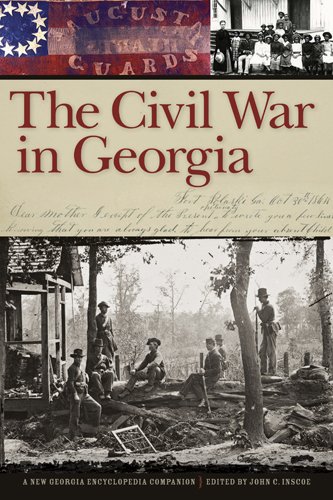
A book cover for The Civil War in Georgia: A New Georgia Encyclopedia Companion; Reference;